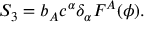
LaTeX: S _ { 3 } = b _ { A } c ^ { \alpha } \delta _ { \alpha } F ^ { A } ( \phi ) .